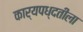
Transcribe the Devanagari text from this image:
कार्यपध्दतीला